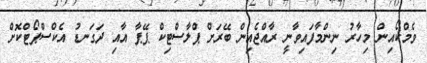
ވެމްކޯއިން މިހާރު ނިންމާފައިވާނީ ރާއްޖެއިން ބޭރަށް ޕްލާސްޓިކް ޕޭޕާ އާއި ދަގަނޑު އެކްސްޕޯޓްކޮށް